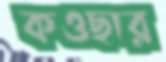
কওছার